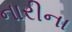
નારીના